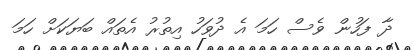
ދާ ފަހުން ވެސް ހަމަ އެ ދުވަހު އިތުރު އެތައް ބަޔަކަށް ހަމަ